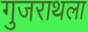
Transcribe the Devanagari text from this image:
गुजराथला